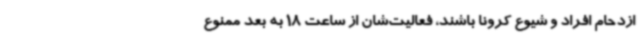
ازدحام افراد و شیوع کرونا باشند، فعالیت‌شان از ساعت 18 به بعد ممنوع